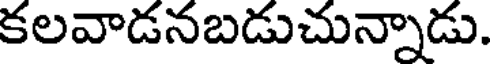
కలవాడనబడుచున్నాడు.